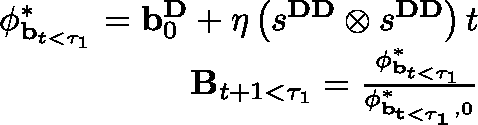
\begin{array} { r } { \mathbf { \phi } _ { \mathbf { b } _ { t < \tau _ { 1 } } } ^ { * } = \mathbf { b } _ { 0 } ^ { \mathbf { D } } + \eta \left( s ^ { \mathbf { D D } } \otimes s ^ { \mathbf { D D } } \right) t } \\ { \mathbf { B } _ { t + 1 < \tau _ { 1 } } = \frac { \mathbf { \phi } _ { \mathbf { b } _ { t < \tau _ { 1 } } } ^ { * } } { \mathbf { \phi } _ { \mathbf { { b } _ { t < \tau _ { 1 } } } , 0 } ^ { * } } } \end{array}